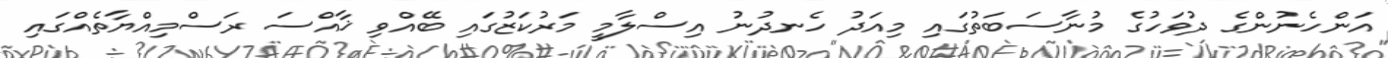
އަންހެނުންގެ ދުވަހުގެ މުނާސަބަތުގައި މިއަދު ހެނދުނު އިސްލާމީ މަރުކަޒުގައި ބޭއްވި ޚާއްސަ ރަސްމިއްޔާތެއްގައި